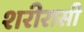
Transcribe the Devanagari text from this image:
शरीरासी